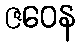
ဇဝေန